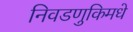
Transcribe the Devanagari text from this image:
निवडणुकिमधे